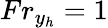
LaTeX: Fr_{y_{h}}=1